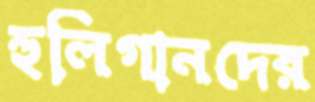
হুলিগানদের